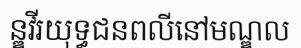
ន្ឌវីរយុទ្ធជនពលីនៅមណ្ឌល